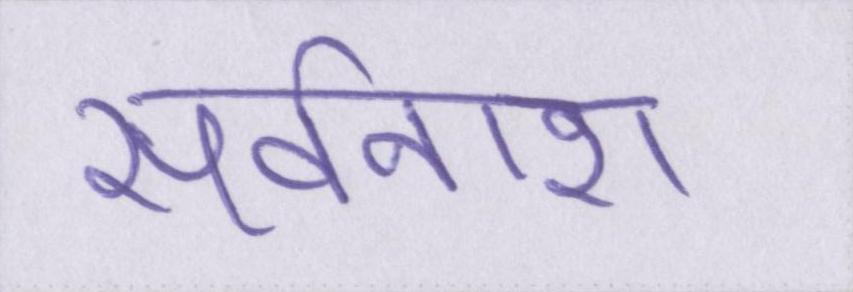
सर्वनाश